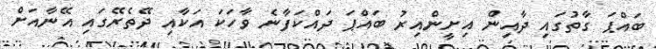
ބައްޕަ ގާތުގައި ދާއިން އިށީންއިރު ބައްޕަ ދައްކަފާނެ ވާހަކަ އަކާއި ދޭތެރޭގައި އޭނާއަށް